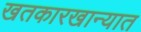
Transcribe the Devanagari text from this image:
खतकारखान्यात